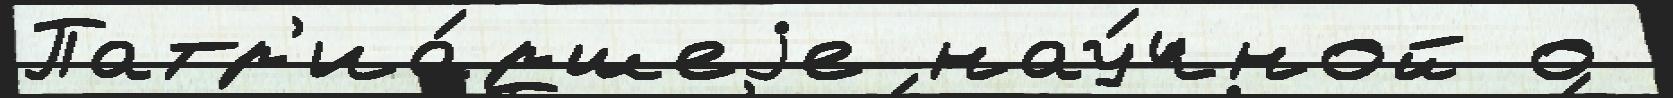
Патр'иа́ршеjе нау́чной о